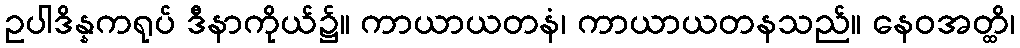
ဥပါဒိန္နကရုပ် ဒီနာကိုယ်၌။ ကာယာယတနံ၊ ကာယာယတနသည်။ နေဝအတ္ထိ၊